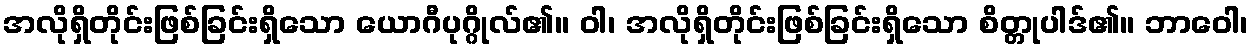
အလိုရှိတိုင်းဖြစ်ခြင်းရှိသော ယောဂီပုဂ္ဂိုလ်၏။ ဝါ၊ အလိုရှိတိုင်းဖြစ်ခြင်းရှိသော စိတ္တုပါဒ်၏။ ဘာဝေါ၊